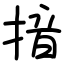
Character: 揞